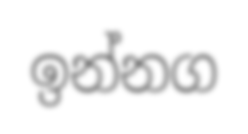
ඉන්නග